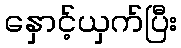
နှောင့်ယှက်ပြီး